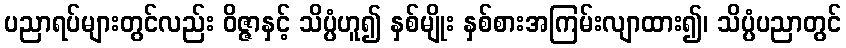
ပညာရပ်များတွင်လည်း ဝိဇ္ဇာနှင့် သိပ္ပံဟူ၍ နှစ်မျိုး နှစ်စားအကြမ်းလျာထား၍၊ သိပ္ပံပညာတွင်